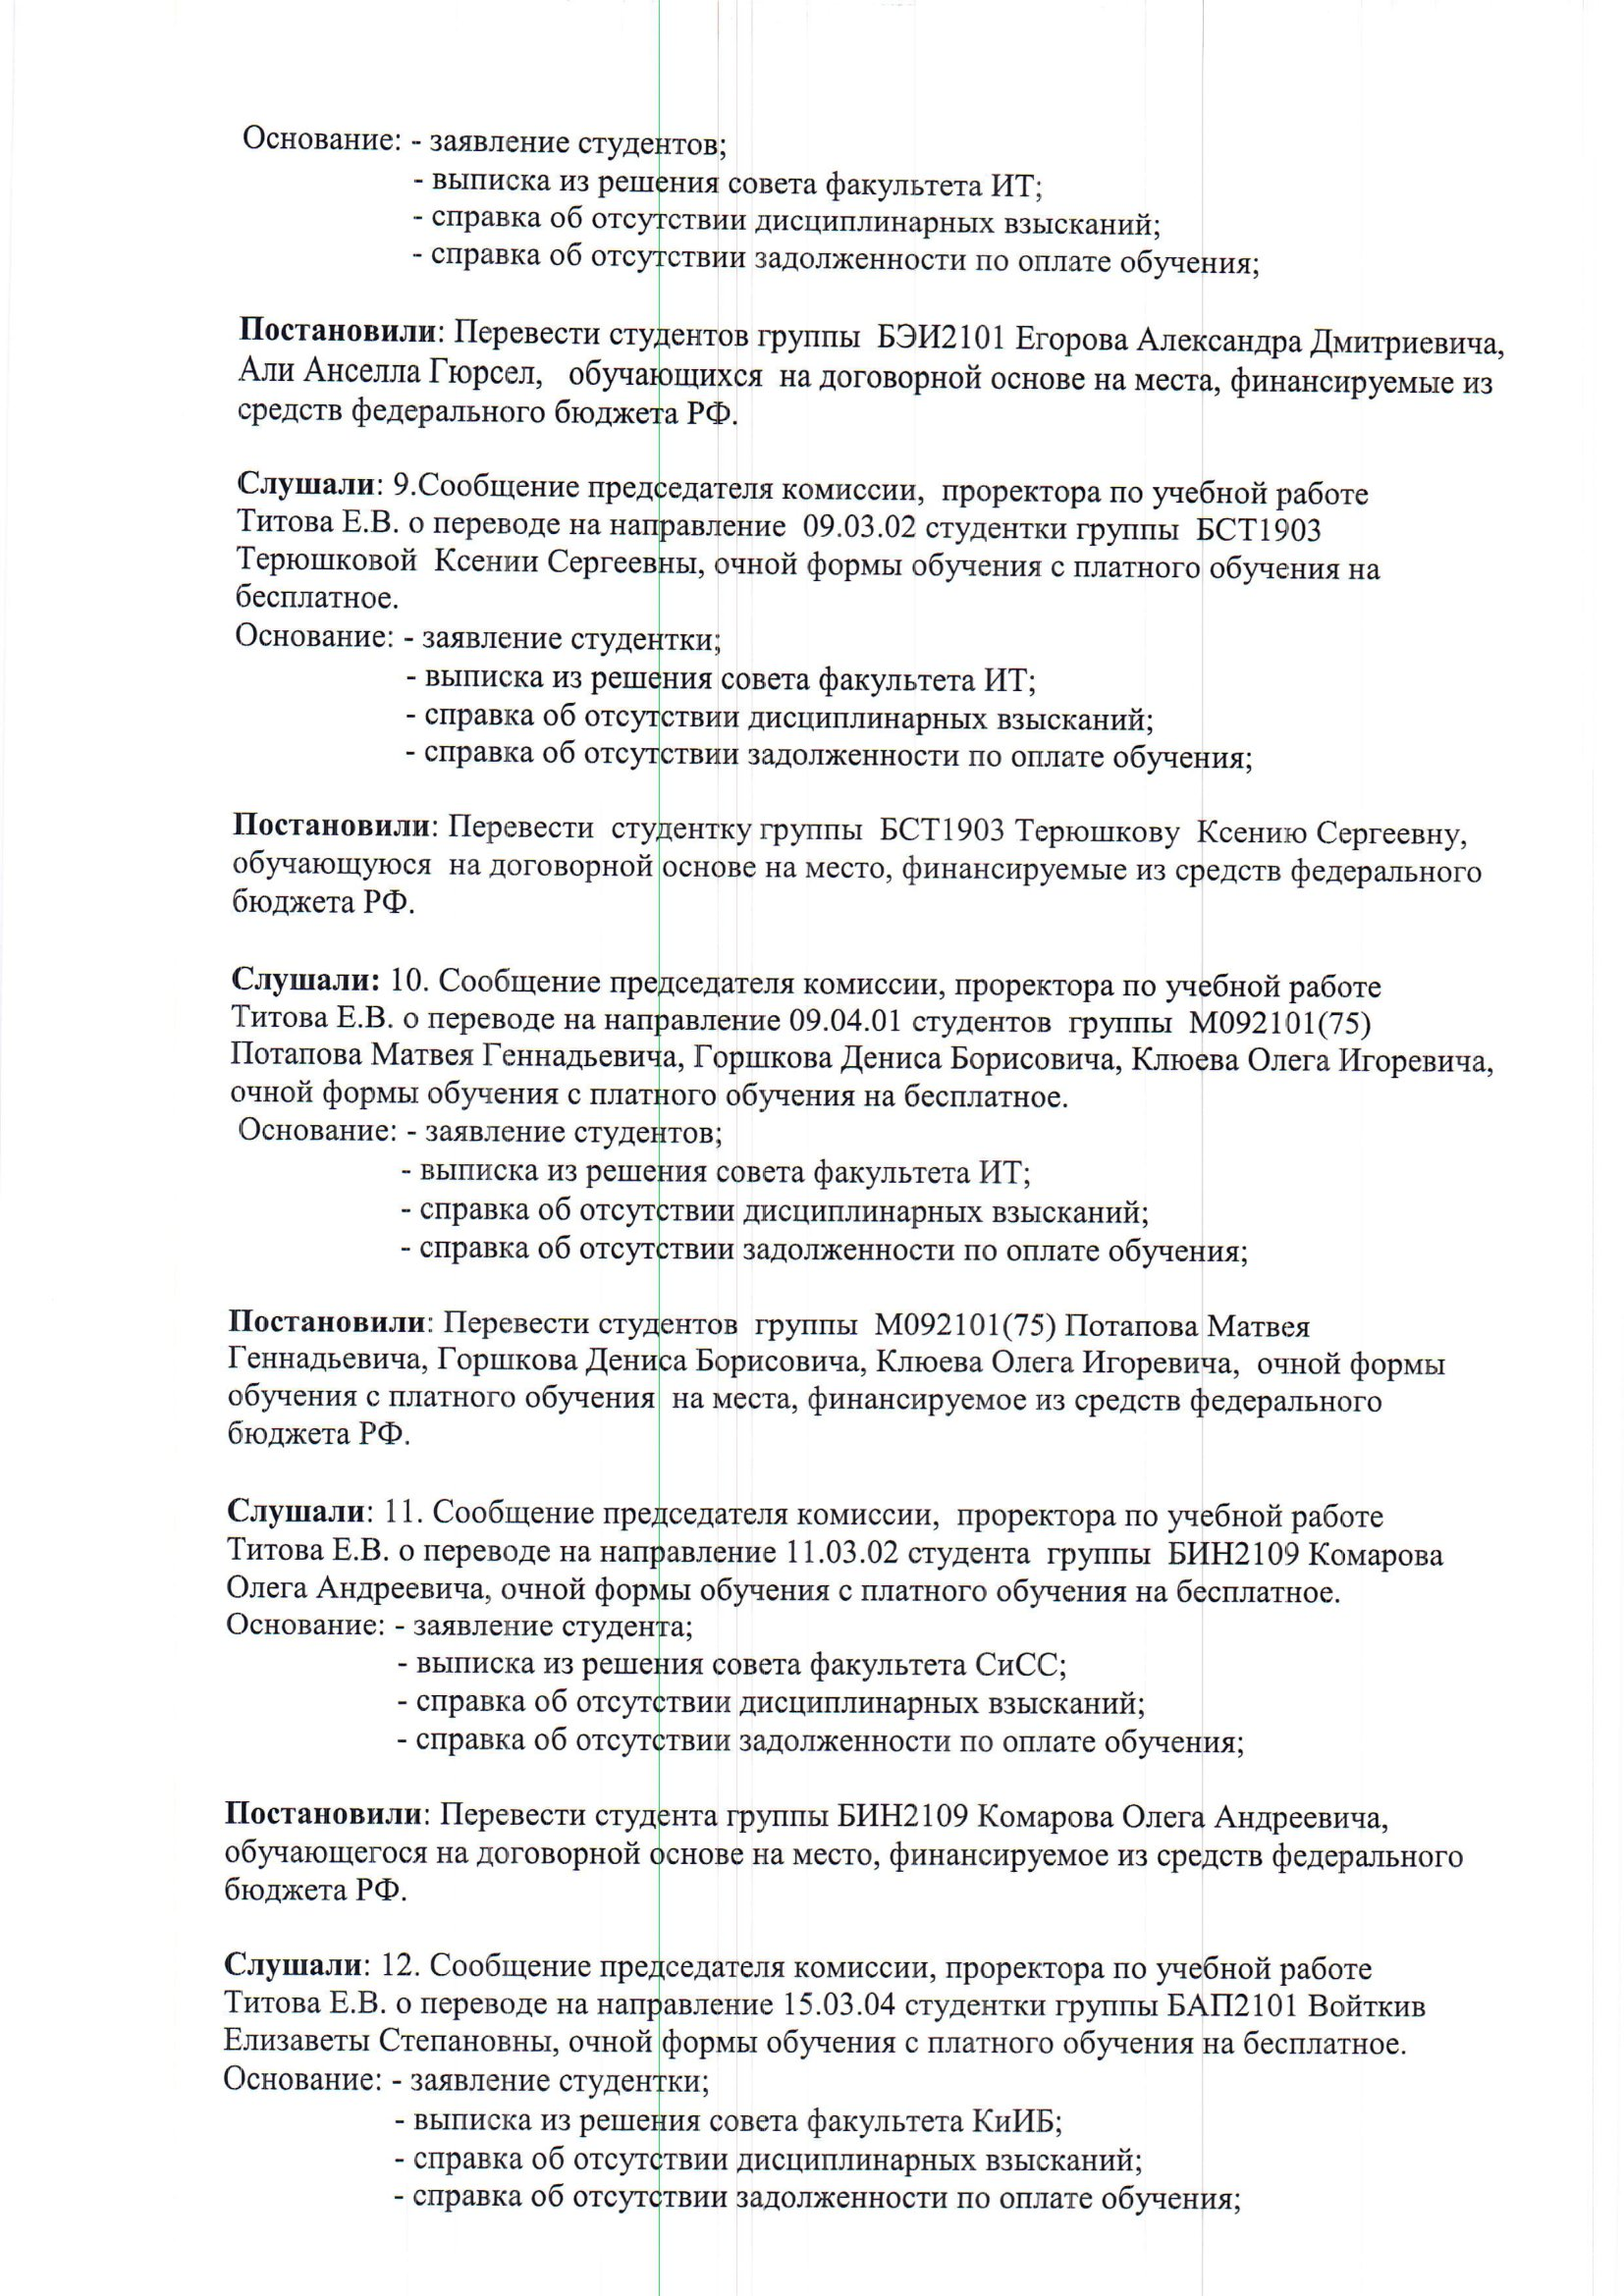
Language: ru